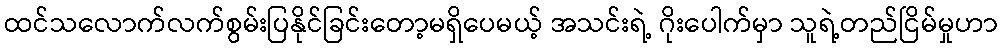
ထင်သလောက်လက်စွမ်းပြနိုင်ခြင်းတော့မရှိပေမယ့် အသင်းရဲ့ ဂိုးပေါက်မှာ သူရဲ့တည်ငြိမ်မှုဟာ